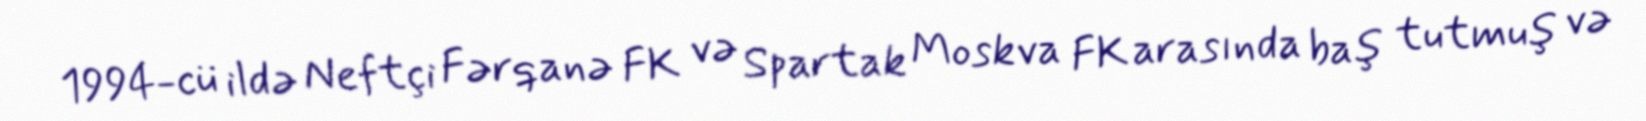
1994-cü ildə Neftçi Fərqanə FK və Spartak Moskva FK arasında baş tutmuş və